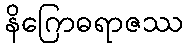
နိဂြောဓရာဇဿ